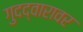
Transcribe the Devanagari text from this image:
गुदद्वारावर